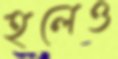
হলেও